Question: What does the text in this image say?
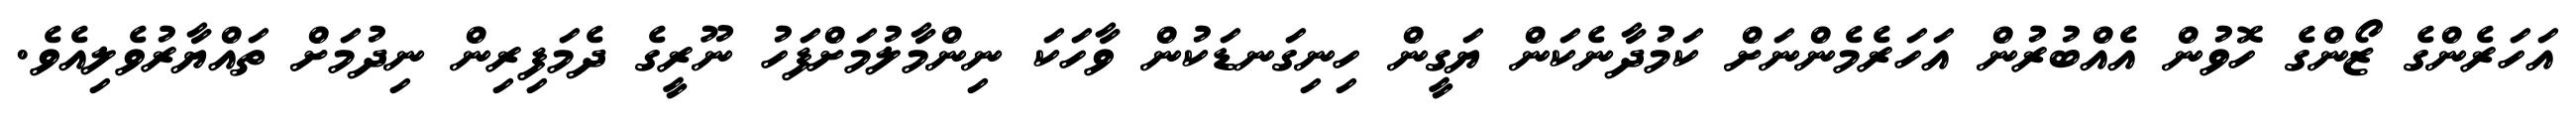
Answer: އަހަރެންގެ ޒޯންގެ ހޮވުން އެއްބުރުން އަހަރެމެންނަށް ކަމުދާނެކަން ޔަގީން ހިނިގަނޑަކުން ވާހަކަ ނިންމާލުމަށްފަހު ނޫރީގެ ދެމަފިރިން ނިދުމަށް ތައްޔާރުވެލިއެވެ.